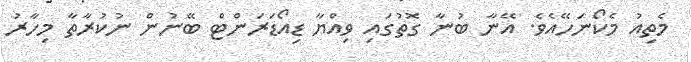
މެތިއު މެކޯނަހޭއެވެ. އޭނާ ބުނާ ގޮތުގައި ވިއްޔާ ޑިއޯޑަރަންޓް ބޭނުން ނުކުރާތާ މިހާރު